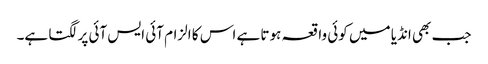
جب بھی انڈیا میں کوئی واقعہ ہوتا ہے اس کا الزام آئی ایس آئی پر لگتا ہے۔